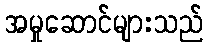
အမှုဆောင်များသည်